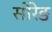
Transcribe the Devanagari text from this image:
सोरेङ